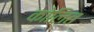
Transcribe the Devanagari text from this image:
कोलित